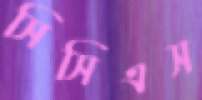
সিসিএস